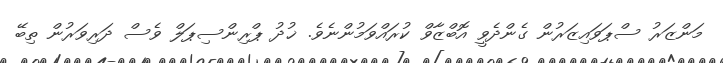
މަންޒަރު ސްޕަވައިޒަރުން ގެންދެވީ އޮބްޒާވް ކުރައްވަމުންނެވެ. ޚުދު ޕްރިންސިޕަލް ވެސް ދަރިވަރުން ތިބޭ